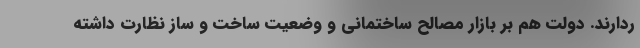
ردارند. دولت هم بر بازار مصالح ساختمانی و وضعیت ساخت و ساز نظارت داشته